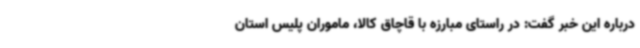
درباره این خبر گفت: در راستای مبارزه با قاچاق کالا، ماموران پلیس استان